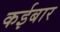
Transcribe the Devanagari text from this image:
कईबार